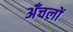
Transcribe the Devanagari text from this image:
अँचलों